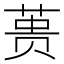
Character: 蒉